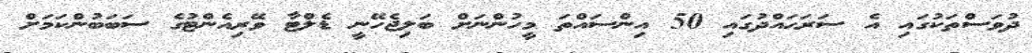
ދުވަސްތަކުގައި އެ ސަރަޙައްދުގައި 50 އިންސައްތަ މީހުންނަށް ބަލިޖެހޭނީ ޑެލްޓާ ވޭރިއެންޓުގެ ސަބަބުންކަމަށް